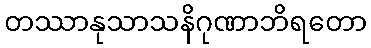
တဿာနုသာသနိဂုဏာဘိရတော